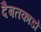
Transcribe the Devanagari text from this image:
दैबतकाडों